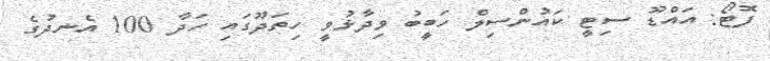
ފޮޓޯ: އައްޑޫ ސިޓީ ކައުންސިލް ހަބީބު ވިދާޅުވީ ހިތަދޫގައި ހަދާ 100 އެނދުގެ